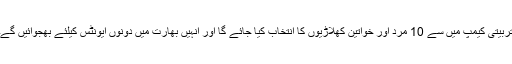
تربیتی کیمپ میں سے 10 مرد اور خواتین کھلاڑیوں کا انتخاب کیا جائے گا اور انہیں بھارت میں دونوں ایونٹس کیلئے بھجوائیں گے۔